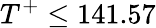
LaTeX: T^{+}\leq 141.57